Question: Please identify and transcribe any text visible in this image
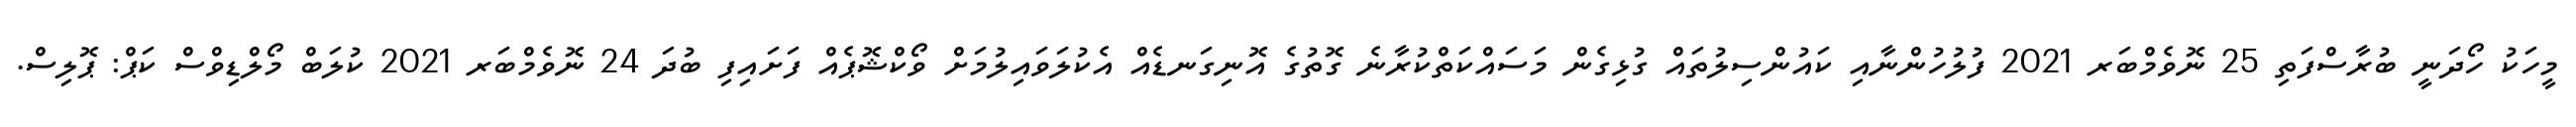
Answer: މީހަކު ހޯދަނީ ބުރާސްފަތި 25 ނޮވެމްބަރ 2021 ފުލުހުންނާއި ކައުންސިލުތައް ގުޅިގެން މަސައްކަތްކުރާނެ ގޮތުގެ އޮނިގަނޑެއް އެކުލަވައިލުމަށް ވޯކްޝޮޕެއް ފަށައިފި ބުދަ 24 ނޮވެމްބަރ 2021 ކުލަބް މޯލްޑިވްސް ކަޕް: ޕޮލިސް.